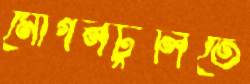
মোগলটুলিতে